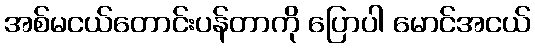
အစ်မငယ်တောင်းပန်တာကို ပြောပါ မောင်အငယ်